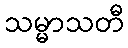
သမ္မာသတီ